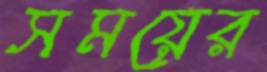
সময়ের